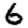
Digit: 6